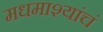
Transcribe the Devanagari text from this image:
मधमाश्यांचं